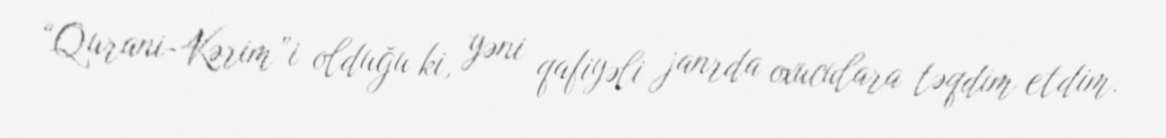
“Qurani-Kərim”i olduğu ki, yəni qafiyəli janrda oxuculara təqdim etdim.